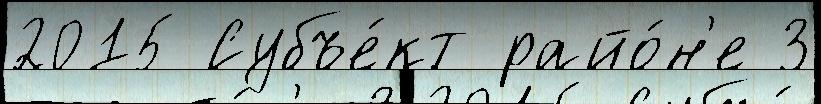
2015 Субъе́кт райо́н'е 3